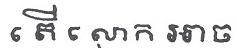
តើលោក អាច